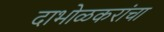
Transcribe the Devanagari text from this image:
दाभोळकरांचा